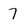
Character: 7